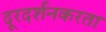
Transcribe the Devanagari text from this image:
दूरदर्शनकरता